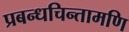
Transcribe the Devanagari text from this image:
प्रबन्धचिन्तामणि